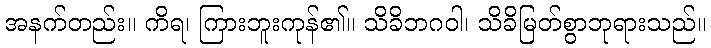
အနက်တည်း။ ကိရ၊ ကြားဘူးကုန်၏။ သိခိဘဂဝါ၊ သိခိမြတ်စွာဘုရားသည်။